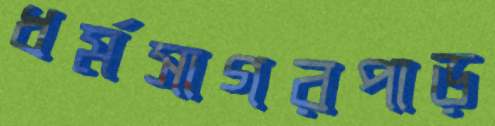
ধর্মসাগরপাড়